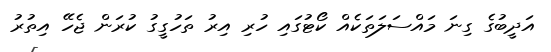
އަދީބުގެ ގިނަ މައްސަލަތަކެއް ކޯޓުގައި ހުރި އިރު ތަހުގީގު ކުރަން ޖެހޭ އިތުރު